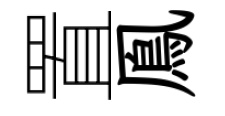
置鳯